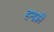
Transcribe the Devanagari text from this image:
हमफ़्री